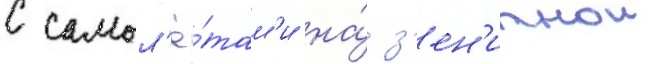
с самол'ё́там'и на́ з'ен'итнои